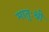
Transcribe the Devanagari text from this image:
मातुःश्री